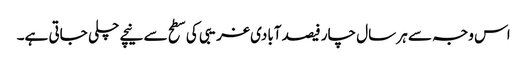
اس وجہ سے ہر سال چار فیصد آبادی غریبی کی سطح سے نیچے چلی جاتی ہے۔